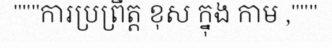
"""ការប្រព្រឹត្ត ខុស ក្នុង កាម ,"""